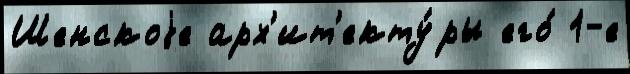
Шенскоjе арх'ит'екту́ры его́ 1-е